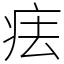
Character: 㾀